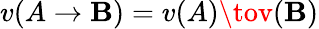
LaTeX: v(A\to\mathbf{B})=v(A)\tov(\mathbf{B})